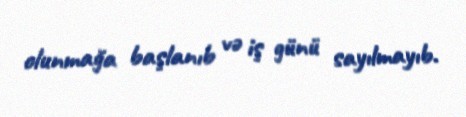
olunmağa başlanıb və iş günü sayılmayıb.